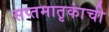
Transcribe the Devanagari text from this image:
सप्तमातृकांची